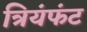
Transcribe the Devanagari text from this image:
त्रियंफंट